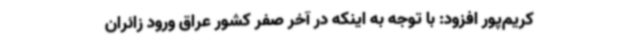
کریم‌پور افزود: با توجه به اینکه در آخر صفر کشور عراق ورود زائران